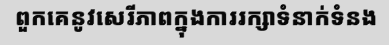
ពួកគេនូវសេរីភាពក្នុងការរក្សាទំនាក់ទំនង